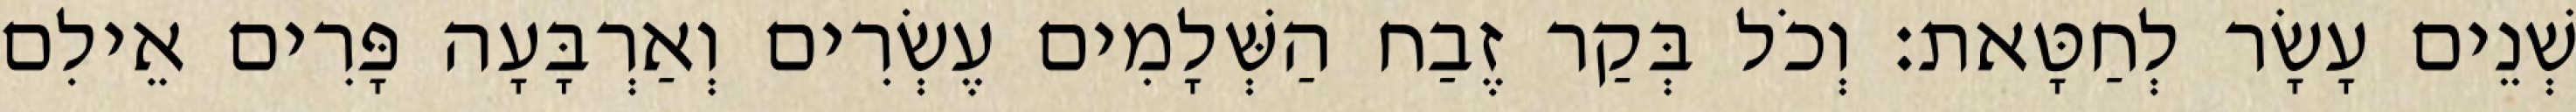
שְׁנֵים עָשָׂר לְחַטָּאת׃ וְכֹל בְּקַר זֶבַח הַשְּׁלָמִים עֶשְׂרִים וְאַרְבָּעָה פָּרִים אֵילִם